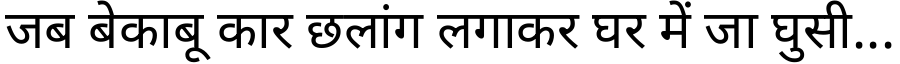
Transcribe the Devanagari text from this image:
जब बेकाबू कार छलांग लगाकर घर में जा घुसी...